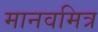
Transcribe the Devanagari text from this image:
मानवमित्र